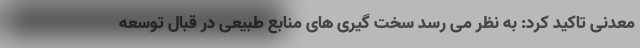
معدنی تاکید کرد: به نظر می رسد سخت گیری های منابع طبیعی در قبال توسعه